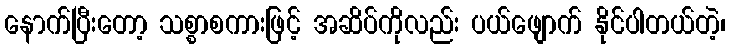
နောက်ပြီးတော့ သစ္စာစကားဖြင့် အဆိပ်ကိုလည်း ပယ်ဖျောက် နိုင်ပါတယ်တဲ့၊